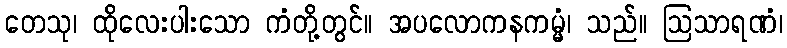
တေသု၊ ထိုလေးပါးသော ကံတို့တွင်။ အပလောကနကမ္မံ၊ သည်။ ဩသာရဏံ၊